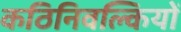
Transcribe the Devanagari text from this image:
कठिनिवल्कियों